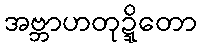
အဗ္ဘာဟတုဍ္ဍိတော